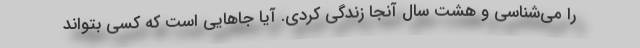
را می‌شناسی و هشت سال آنجا زندگی کردی. آیا جاهایی است که کسی بتواند